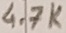
Text: 4.7K